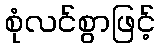
စုံလင်စွာဖြင့်